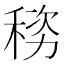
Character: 𬓯